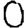
Digit: 0